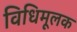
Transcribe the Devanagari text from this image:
विधिमूलक